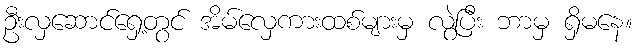
ဦးလှဆောင်ရှေ့တွင် အိမ်လှေကားထစ်များမှ လွဲပြီး ဘာမှ ရှိမနေ။